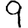
Digit: 9